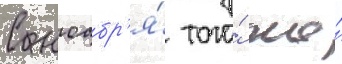
С ноабр'я́ того́ же́